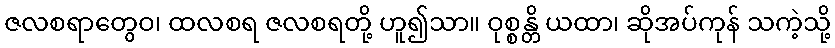
ဇလစရာတွေဝ၊ ထလစရ ဇလစရတို့ ဟူ၍သာ။ ဝုစ္စန္တိ ယထာ၊ ဆိုအပ်ကုန် သကဲ့သို့